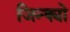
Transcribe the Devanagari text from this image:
जिन्क्यो